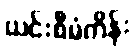
ယင်းစီမံကိန်း